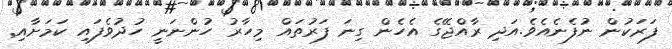
ފަރަކުން ނުފެނެއެވެ.އަދި ރާއްޖޭގެ އެހެން ގިނަ ފަރުތައް މިހާރު ހުންނަނީ ހުދުވެފައި ކަމަށާއި